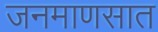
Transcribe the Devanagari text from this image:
जनमाणसात